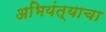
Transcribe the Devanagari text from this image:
अभियंत्याचा